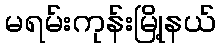
မရမ်းကုန်းမြို့နယ်